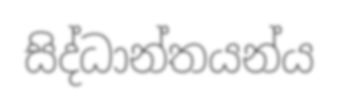
සිද්ධාන්තයන්ය